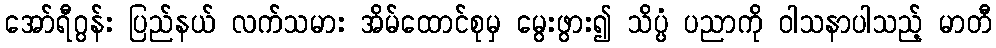
အော်ရီဂွန်း ပြည်နယ် လက်သမား အိမ်ထောင်စုမှ မွေးဖွား၍ သိပ္ပံ ပညာကို ဝါသနာပါသည့် မာတီ